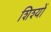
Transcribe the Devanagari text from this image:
शिश्यों